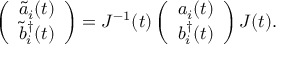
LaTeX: \left( \begin{array} { c } { { \tilde { a } _ { i } ( t ) } } \\ { { \tilde { b } _ { i } ^ { \dagger } ( t ) } } \end{array} \right) = J ^ { - 1 } ( t ) \left( \begin{array} { c } { { a _ { i } ( t ) } } \\ { { b _ { i } ^ { \dagger } ( t ) } } \end{array} \right) J ( t ) .